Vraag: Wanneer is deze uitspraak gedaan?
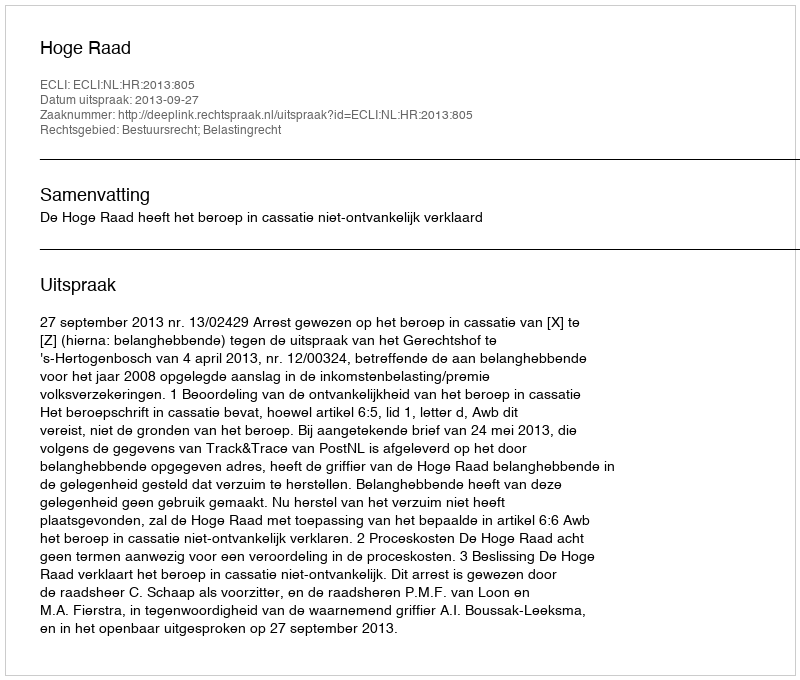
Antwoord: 2013-09-27